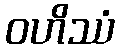
ဝဟိဿံ